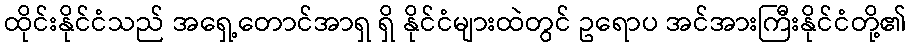
ထိုင်းနိုင်ငံသည် အရှေ့တောင်အာရှ ရှိ နိုင်ငံများထဲတွင် ဥရောပ အင်အားကြီးနိုင်ငံတို့၏